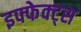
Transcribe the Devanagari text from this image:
इफ्फेक्ट्स